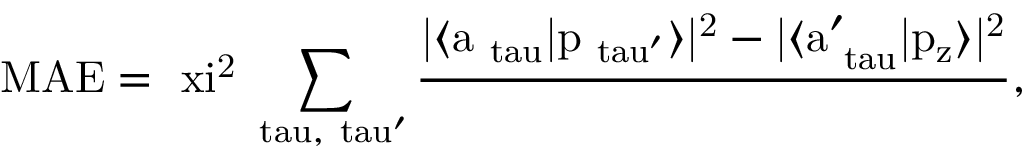
\mathrm { M A E = \ x i ^ { 2 } \sum _ { \ t a u , \ t a u ^ { \prime } } \frac { | \langle a _ { \ t a u } | p _ { \ t a u ^ { \prime } } \rangle | ^ { 2 } - | \langle a _ { \ t a u } ^ { \prime } | p _ { z } \rangle | ^ { 2 } } { \Delta } , }